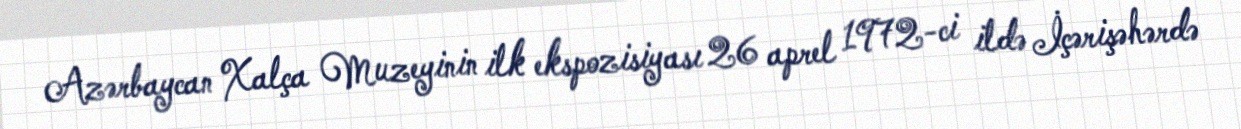
Azərbaycan Xalça Muzeyinin ilk ekspozisiyası 26 aprel 1972-ci ildə İçərişəhərdə